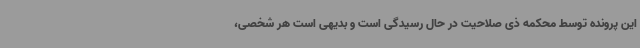
این پرونده توسط محکمه ذی صلاحیت در حال رسیدگی است و بدیهی است هر شخصی،